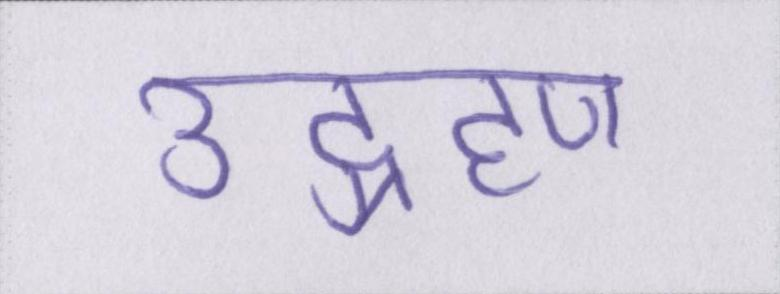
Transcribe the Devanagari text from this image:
उद्ग्रहण